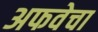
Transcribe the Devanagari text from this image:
अफवेचा